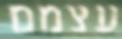
עצמם